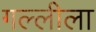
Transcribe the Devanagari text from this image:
गल्लीला